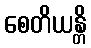
စေတိယန္တိ